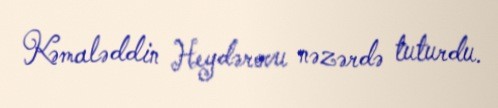
Kəmaləddin Heydərovu nəzərdə tuturdu.